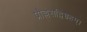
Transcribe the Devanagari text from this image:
प्रोल्लसद्विग्रहम्।